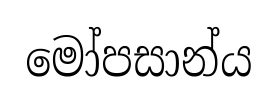
මෝපසාන්ය